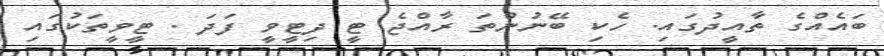
ބައެއްގެ ތާއީދުގައި. ހެކި ބޭނުންތަ ރާއްޖެ ޓީ ދިޓީވީ ފަދަ . ޓީވީތަކުގައި